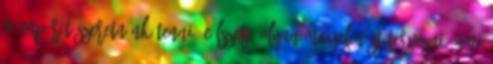
a napórát szeretnénk tenni. Célszerû olyan megjelenést tervezni, ami